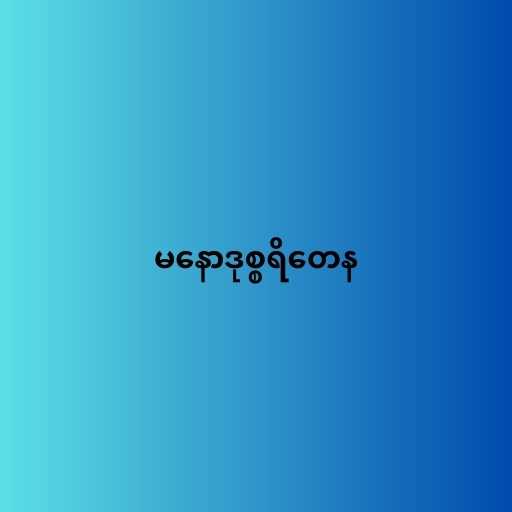
မနောဒုစ္စရိတေန